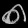
Digit: ၈